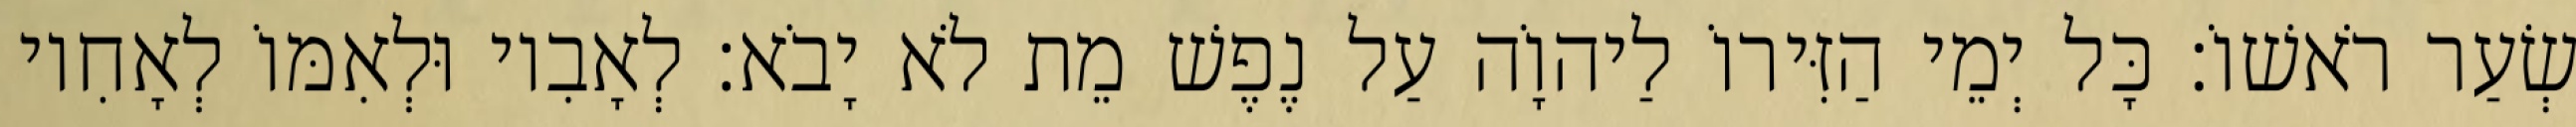
שְׂעַר רֹאשׁוֹ׃ כָּל יְמֵי הַזִּירוֹ לַיהוָֹה עַל נֶפֶשׁ מֵת לֹא יָבֹא׃ לְאָבִיו וּלְאִמּוֹ לְאָחִיו